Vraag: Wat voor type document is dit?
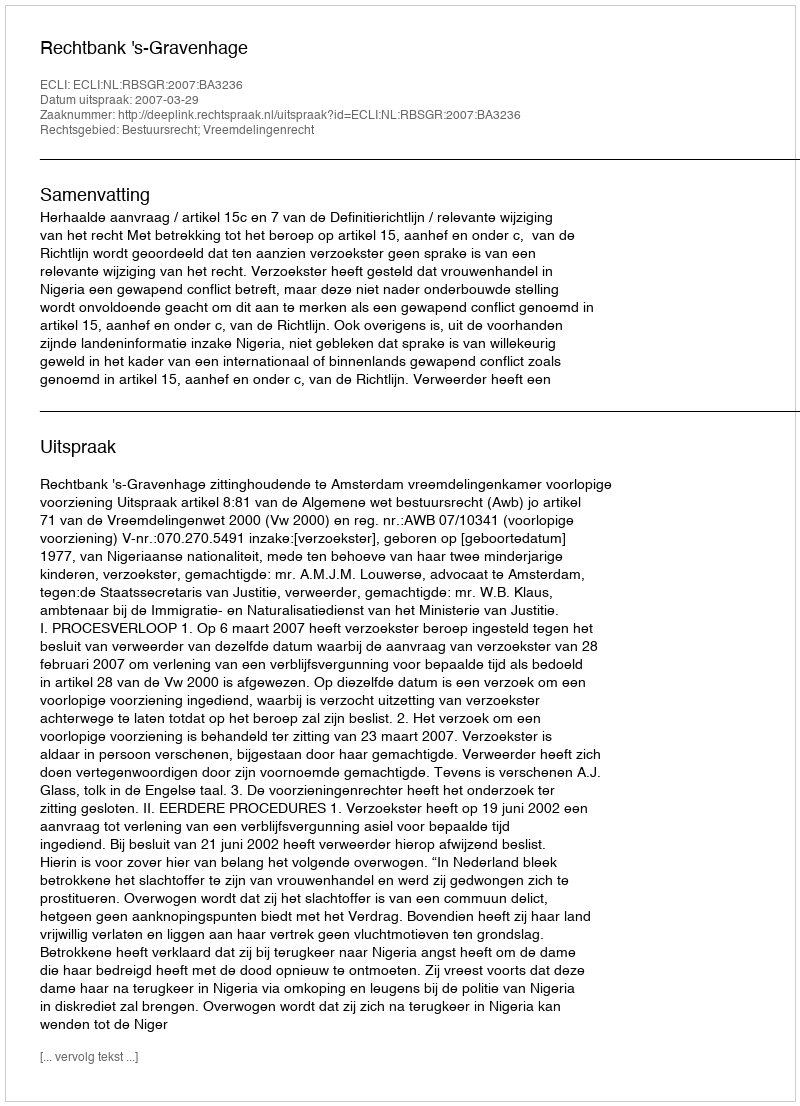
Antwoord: Uitspraak